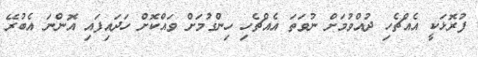
ފުރޮޅަކީ އެއްޗެހި ދުއްވުމަށް ނުވަތަ އެއްޗެހި ހިންގުމަށް ވައްކޮށް ހަދައިފައި އޮންނަ އެބުރޭ